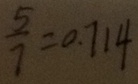
\frac { 5 } { 7 } = 0 . 7 1 4